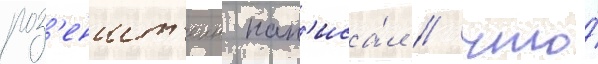
роз'еншт'еин нап'иса́л / что́